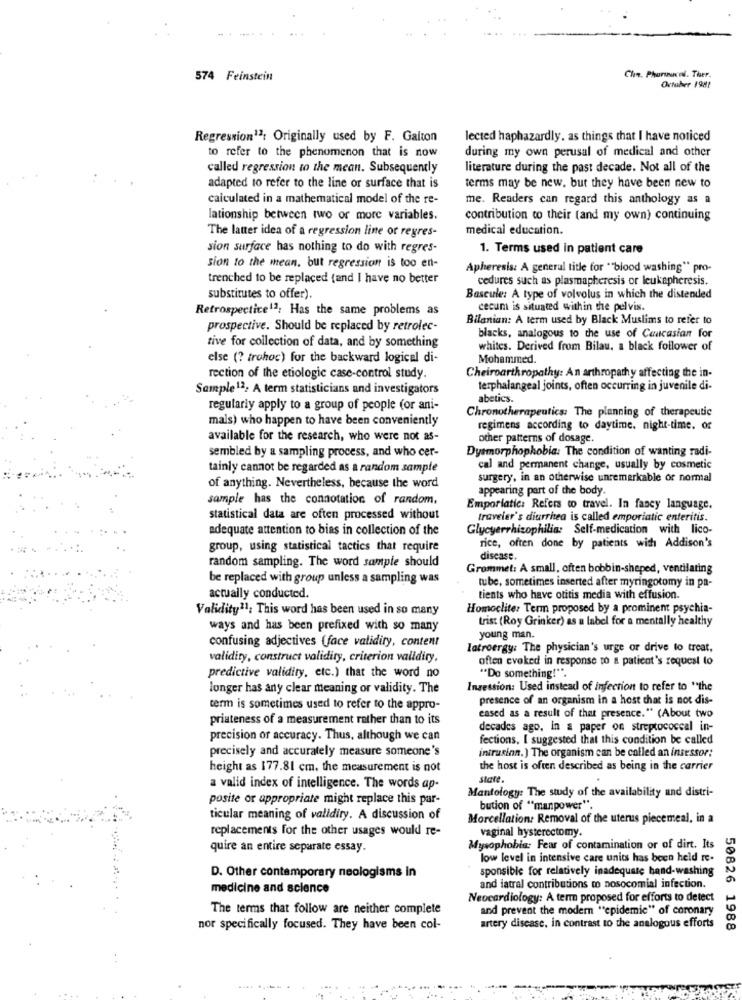
574 Feinstein
Che. Phursuvel. Ther.
October 1981
Regression12; Originally used by F. Galton
lected haphazardly. as things that I have noticed
to refer to the phenomenon that is now
during my own perusal of medical and other
called regression to the mean. Subsequently
literature during the past decade. Not all of the
terms may be new, but they have been new to
adapted to refer to the line or surface that is
calculated in a mathematical model of the re-
me. Readers can regard this anthology as a
lationship between two or more variables.
contribution to their (and my own) continuing
The latter idea of a regression line or regres-
medical education.
sion surface has nothing to do with regres-
1. Terms used in patient care
sion to the mean, but regression is too en-
Apheresis: A general title for "blood washing" pro-
trenched to be replaced (and I have no better
cedures such as plasmapheresis or leukepheresis.
substitutes to offer)
Bascule: A type of volvolus in which the distended
Retrospective12; Has the same problems as
cecum is situated within the pelvis.
Bilanian: A term used by Black Muslims to refer to
prospective. Should be replaced by retrolec-
tive for collection of data, and by something
blacks, analogous to the use of Caucasian for
whites. Derived from Bilau, a black follower of
else (? trahoc) for the backward logical di-
Mohammed.
rection of the etiologic case-control study.
Cheiroarthropathy: An arthropathy affecting the in-
Sample12: A term statisticians and investigators
terphalangeal joints, often occurring in juvenile di-
abetics.
regularly apply to a group of people (or ani-
Chronotherapeutics: The planning of therapeutic
mals) who happen to have been conveniently
regimens according to daytime. night-time. of
available for the research, who were not as-
other patterns of dosage.
sembled by a sampling process, and who cer-
Dysmorphophobia: The condition of wanting radi-
tainly cannot be regarded as a random sample
cal and permanent change, usually by cosmetic
surgery, in an otherwise unremarkable or normal
of anything. Nevertheless, because the word
appearing part of the body.
sample has the connotation of random,
Emporiatic: Refers to travel. In fancy language.
statistical data are often processed without
traveler's diarrhea is called emporiatic enteritis.
adequate attention to bias in collection of the
Glycyerrhizophilia: Self-medication with lico-
group, using statistical tactics that require
rice, often done by patients with Addison's
random sampling. The word sample should
disease.
Grommet: A small, often bobbin-shaped, ventilating
be replaced with group unless a sampling was
tube, sometimes inserted after myringotomy in pa-
actually conducted.
tients who have otitis media with effusion.
Validity11; This word has been used in so many
Homoclite: Term proposed by a prominent psychia-
trist (Roy Grinker) as a label for a mentally healthy
ways and has been prefixed with so many
confusing adjectives (face validity, content
young man.
latroergy: The physician's urge or drive to treat,
validity, construct validity, criterion validiry,
often evoked in response to a patient's request to
predictive validity, etc.) that the word no
"Do something!".
longer has any clear meaning or validity. The
Insession: Used instead of infection to refer to "the
presence of an organism in a host that is not dis-
term is sometimes used to refer to the appro-
priateness of a measurement rather than to its
eased as a result of that presence." (About two
decades ago, in a paper on streptococcal in-
precision or accuracy. Thus, although we can
fections, I suggested that this condition be called
precisely and accurately measure someone's
inirusinn.) The organism can be called an insessor:
height as 177.81 cm, the measurement is not
the host is often described as being in the carrier
state.
a valid index of intelligence. The words ap-
Mantology: The study of the availability and distri-
posite or appropriate might replace this par-
bution of "manpower".
ticular meaning of validity. A discussion of
Morcellation: Removal of the uterus piecemeal, in a
replacements for the other usages would re-
vaginal hysterectomy.
quire an entire separate essay.
Mysophobia: Fear of contamination or of dirt. Its
low level in intensive care units has been held re-
sponsible for relatively inadequate hand-washing
D. Other contemporary neologisms in
medicine and science
and iatral contributions to nosocomial infection.
Neocardiology: A term proposed for efforts to detect
The terms that follow are neither complete
and prevent the modern "epidemic" of coronary
nor specifically focused. They have been col-
artery disease, in contrast to the analogous efforts
50826 1988